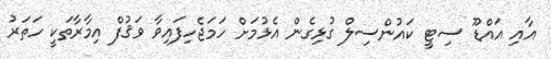
އާއި އައްޑޫ ސިޓީ ކައުންސިލް ގުޅިގެން އެޅުމަށް ހަމަޖެހިފައިވާ ވަޤުފް އިމާރާތަކީ ހަތަރު